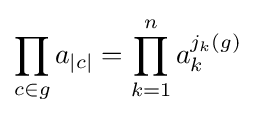
\prod _{c\in g}a_{|c|}=\prod _{k=1}^{n}a_{k}^{j_{k}(g)}